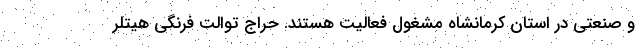
و صنعتی در استان کرمانشاه مشغول فعالیت هستند. حراج توالت فرنگی هیتلر